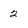
Character: 2